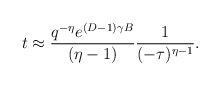
\begin{align*}t \approx \frac{q^{-\eta} e^{(D-1) \gamma B}}{(\eta-1)}\frac{1}{(-\tau)^{\eta-1}}.\end{align*}